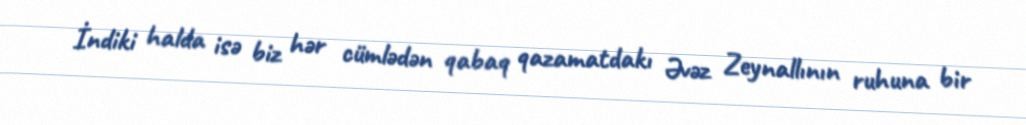
İndiki halda isə biz hər cümlədən qabaq qazamatdakı Əvəz Zeynallının ruhuna bir